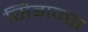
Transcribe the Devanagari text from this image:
सिझन्स